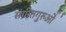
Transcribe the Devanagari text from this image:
संगीतगुरुओं